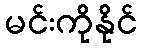
မင်းကိုနိုင်